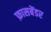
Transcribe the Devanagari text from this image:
फ़ासबेंडर